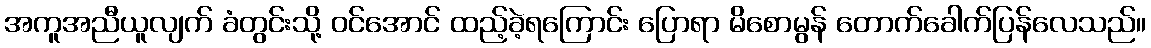
အကူအညီယူလျက် ခံတွင်းသို့ ဝင်အောင် ထည့်ခဲ့ရကြောင်း ပြောရာ မိစောမွန် တောက်ခေါက်ပြန်လေသည်။